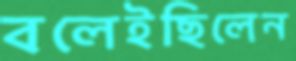
বলেইছিলেন